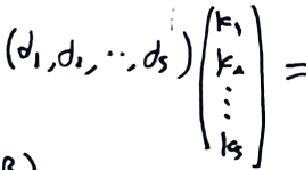
\((d_1,d_2,\cdots,d_5)\begin{pmatrix}k_1\\k_2\\\vdots\\k_5\end{pmatrix}=\)